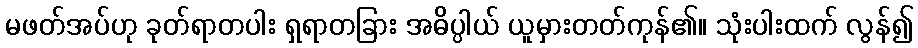
မဖတ်အပ်ဟု ခုတ်ရာတပါး ရှရာတခြား အဓိပ္ပါယ် ယူမှားတတ်ကုန်၏။ သုံးပါးထက် လွန်၍